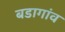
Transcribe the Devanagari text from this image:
बडागांव